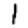
Digit: 1